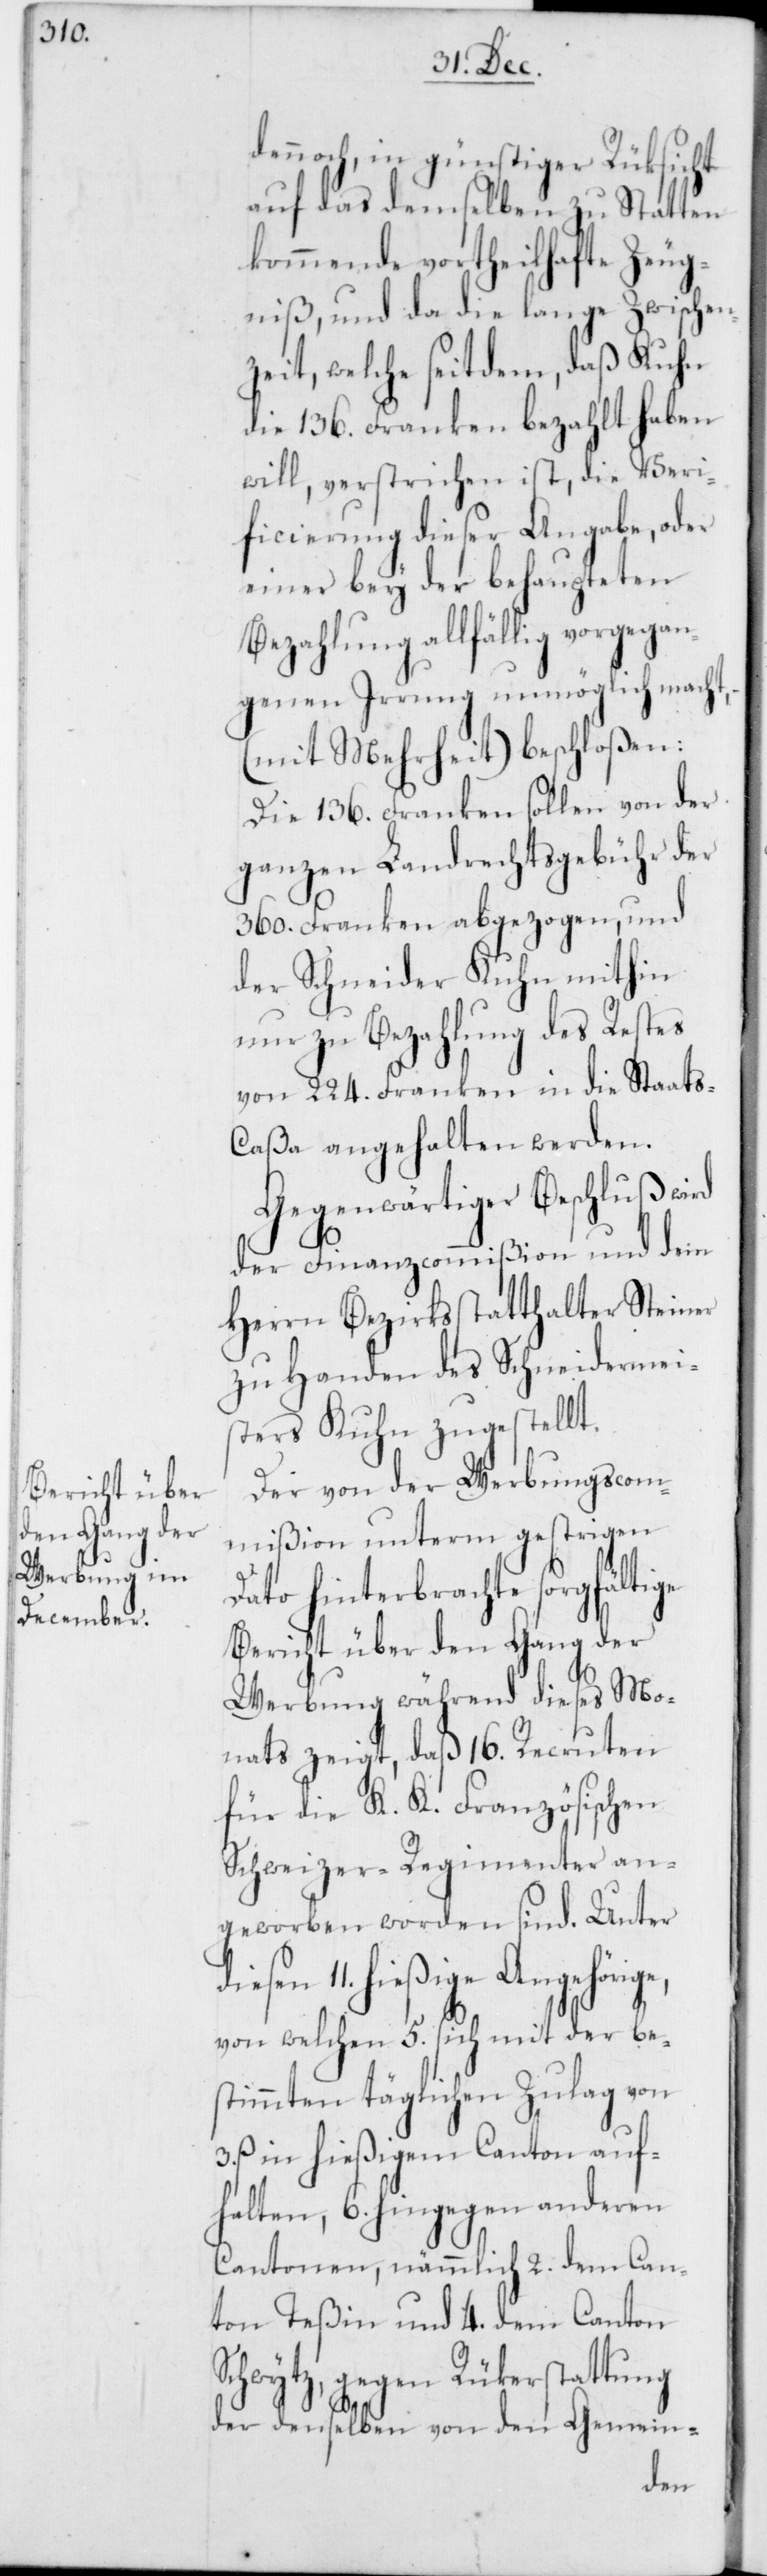
dennoch, in günstiger Rüksicht
auf das demselben zu Statten
kommende vortheilhafte Zeug¬
niß, und da die lange Zwischen¬
zeit, welche seitdem, daß Kuhn
die 136. Franken bezahlt haben
will, verstrichen ist, die Veri¬
ficierung dieser Angabe, oder
einer bey der behaupteten
Bezahlung allfällig vorgegan¬
genen Irrung unmöglich macht,
(mit Mehrheit) beschloßen:
Die 136. Franken sollen von der
ganzen Landrechtsgebühr der
360. Franken abgezogen, und
der Schneider Kuhn mithin
nur zu Bezahlung des Restes
von 224. Franken in die Staat¬
s-Caßa angehalten werden.
Gegenwärtiger Beschluß wird
der Finanzcommißion und dem
Herrn Bezirksstatthalter Steiner
zu Handen des Schneidermei¬
sters Kuhn zugestellt.
Der von der Werbungscom¬
mißion unterm gestrigen
Dato hinterbrachte sorgfältige
Bericht über den Gang der
Werbung während dieses Mo¬
nats zeigt, daß 16. Recruten
für die K. K. Französischen
Schweizer-Regimenter an¬
geworben worden sind. Unter
11. hießige Angehörige,
von welchen 5. sich mit der be¬
stimmten täglichen Zulag von
3. ß in hießigem Canton auf¬
halten, 6. hingegen anderen
Cantonen, nämmlich 2. dem Can¬
ton Teßin und 4. dem Canton
Schwytz, gegen Rükerstattung
der denselben von den Gemein-